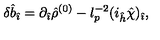
\delta { \hat { b } } _ { \hat { \imath } } = \partial _ { \hat { \imath } } { \hat { \rho } } ^ { ( 0 ) } - l _ { p } ^ { - 2 } ( i _ { \hat { h } } { \hat { \chi } } ) _ { \hat { \imath } } ,